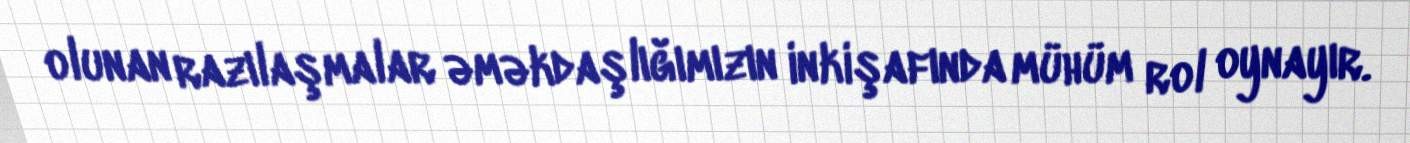
olunan razılaşmalar əməkdaşlığımızın inkişafında mühüm rol oynayır.